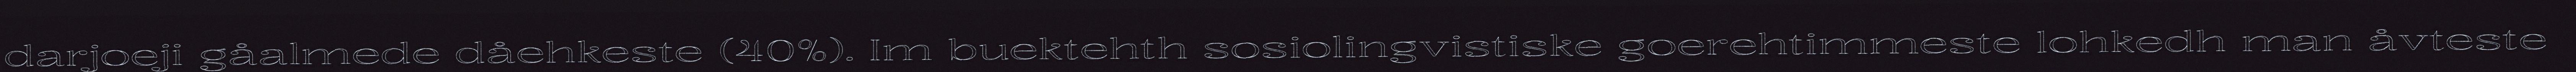
darjoeji gåalmede dåehkeste (40%). Im buektehth sosiolingvistiske goerehtimmeste lohkedh man åvteste